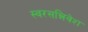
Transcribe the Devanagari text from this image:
स्वरसन्निवेश